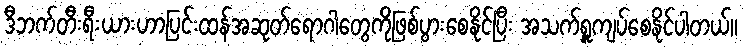
ဒီဘက်တီးရီးယားဟာပြင်းထန်အဆုတ်ရောဂါတွေကိုဖြစ်ပွားစေနိုင်ပြီး အသက်ရှူကျပ်စေနိုင်ပါတယ်။